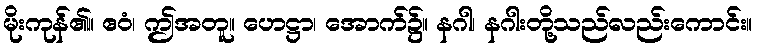
မိုးကုန်၏။ ဧဝံ၊ ဤအတူ။ ဟေဋ္ဌာ၊ အောက်၌။ နဂါ၊ နဂါးတို့သည်လည်းကောင်း။